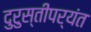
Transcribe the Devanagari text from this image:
दुरुस्तीपर्यंत